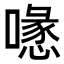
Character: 𠿔